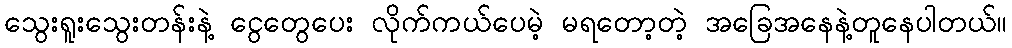
သွေးရူးသွေးတန်းနဲ့ ငွေတွေပေး လိုက်ကယ်ပေမဲ့ မရတော့တဲ့ အခြေအနေနဲ့တူနေပါတယ်။